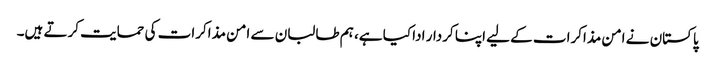
پاکستان نے امن مذاکرات کے لیے اپنا کردار ادا کیا ہے، ہم طالبان سے امن مذاکرات کی حمایت کرتے ہیں۔